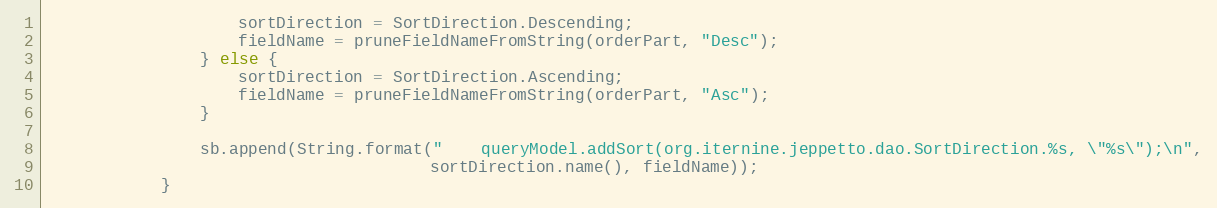
Language: Java
                    sortDirection = SortDirection.Descending;
                    fieldName = pruneFieldNameFromString(orderPart, "Desc");
                } else {
                    sortDirection = SortDirection.Ascending;
                    fieldName = pruneFieldNameFromString(orderPart, "Asc");
                }

                sb.append(String.format("    queryModel.addSort(org.iternine.jeppetto.dao.SortDirection.%s, \"%s\");\n",
                                        sortDirection.name(), fieldName));
            }